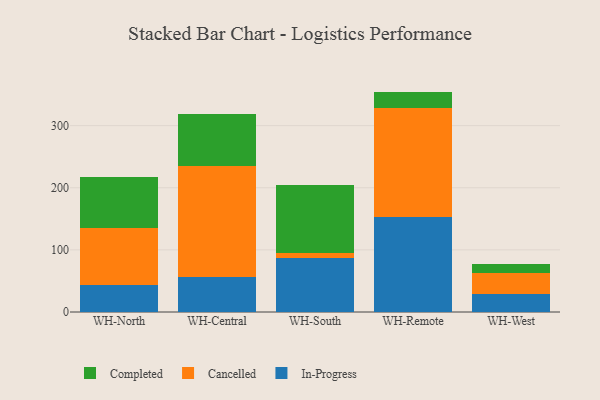
{"axis": {"x": "Warehouse", "y": "Waste Production (Tons)"}, "legend": ["Cancelled", "Completed", "In-Progress"], "data": [{"x": "WH-North", "y": 43.4, "type": "In-Progress"}, {"x": "WH-North", "y": 92.3, "type": "Cancelled"}, {"x": "WH-North", "y": 82.2, "type": "Completed"}, {"x": "WH-Central", "y": 56.5, "type": "In-Progress"}, {"x": "WH-Central", "y": 177.9, "type": "Cancelled"}, {"x": "WH-Central", "y": 85.0, "type": "Completed"}, {"x": "WH-South", "y": 87.5, "type": "In-Progress"}, {"x": "WH-South", "y": 7.9, "type": "Cancelled"}, {"x": "WH-South", "y": 108.4, "type": "Completed"}, {"x": "WH-Remote", "y": 153.2, "type": "In-Progress"}, {"x": "WH-Remote", "y": 175.2, "type": "Cancelled"}, {"x": "WH-Remote", "y": 26.4, "type": "Completed"}, {"x": "WH-West", "y": 29.7, "type": "In-Progress"}, {"x": "WH-West", "y": 33.2, "type": "Cancelled"}, {"x": "WH-West", "y": 15.0, "type": "Completed"}]}